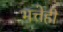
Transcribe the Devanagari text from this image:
भत्तेही